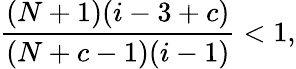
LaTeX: \frac{(N+1)(i-3+c)}{(N+c-1)(i-1)}<1,